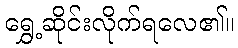
ရွှေ့ဆိုင်းလိုက်ရလေ၏။